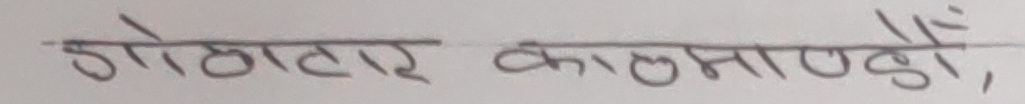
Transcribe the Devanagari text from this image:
ओखलढुङ्गा, काठमाडौँ,